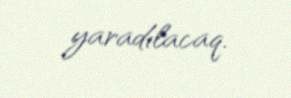
yaradılacaq.